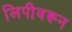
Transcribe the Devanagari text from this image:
लिपीवरून